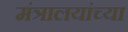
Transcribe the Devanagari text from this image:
मंत्रालयांच्या